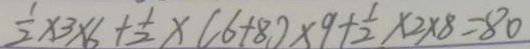
\frac { 1 } { 2 } \times 3 \times 6 + \frac { 1 } { 2 } \times ( 6 + 8 ) \times 9 + \frac { 1 } { 2 } \times 2 \times 8 = 8 0